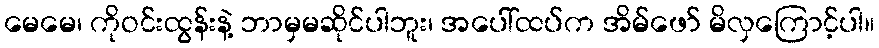
မေမေ၊ ကိုဝင်းထွန်းနဲ့ ဘာမှမဆိုင်ပါဘူး၊ အပေါ်ထပ်က အိမ်ဖော် မိလှကြောင့်ပါ။